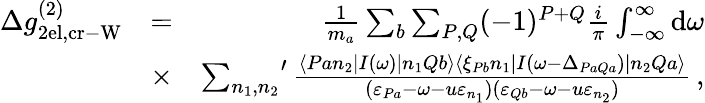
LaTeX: \begin{array}{rlr}{\Delta g_{\mathrm{2el,cr-W}}^{(2)}}&{=}&{\frac{1}{m_{a}}\sum_{b}\sum_{P,Q}(-1)^{P+Q}\frac{i}{\pi}\int_{-\infty}^{\infty}\mathrm{d}\omega}\\ &{\times}&{{\sum_{n_{1},n_{2}}}^{\prime}\, \frac{\langle Pan_{2}|I(\omega)|n_{1}Qb\rangle\langle\xi_{Pb}n_{1}|I(\omega-\Delta_{PaQa})|n_{2}Qa\rangle}{(\varepsilon_{Pa}-\omega-u\varepsilon_{n_{1}})(\varepsilon_{Qb}-\omega-u\varepsilon_{n_{2}})}\, ,}\end{array}